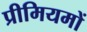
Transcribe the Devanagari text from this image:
प्रीमियमों